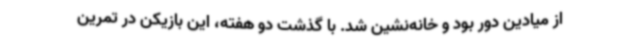
از میادین دور بود و خانه‌نشین شد. با گذشت دو هفته، این بازیکن در تمرین